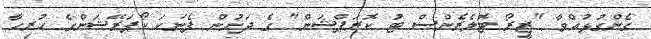
ގެންގުޅުއްވާ "ޒީރޯ ޓޮލެރެންސް ޓު ކޮރަޕްޝަން" ގެ ދަށުން ފެނަކަ ކޯޕަރޭޝަންގެ ހުރިހާ